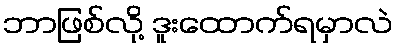
ဘာဖြစ်လို့ ဒူးထောက်ရမှာလဲ